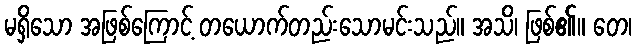
မရှိသော အဖြစ်ကြောင့် တယောက်တည်းသောမင်းသည်။ အသိ၊ ဖြစ်၏။ တေ၊